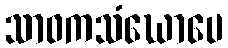
သာဝကသံဃောပေ